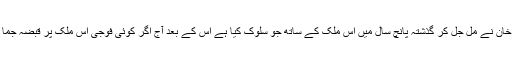
جنرل آصف زرداری،جنرل نواز شریف،جنرل الطاف حسین اور جنرل اسفند ولی یار خان نے مل جُل کر گذشتہ پانچ سال میں اس ملک کے ساتھ جو سلوک کیا ہے اُس کے بعد آج اگر کوئی فوجی اس ملک پر قبضہ جما لیتا ہے تو ملک بھر کے حلوائیوں کے ہاں کئی روز تک مٹھائیاں ناپید ہو جائیں گی۔